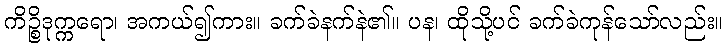
ကိဉ္စိဒုက္ကရော၊ အကယ်၍ကား။ ခက်ခဲနက်နဲ၏။ ပန၊ ထိုသို့ပင် ခက်ခဲကုန်သော်လည်း။